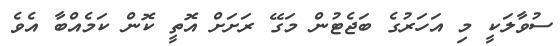
ސުވާލަކީ މި އަހަރުގެ ބަޖެޓުން މަގޭ ރަށަށް އޮތީ ކޮން ކަމެއްބާ އެވެ